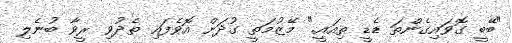
"ބޭބީ ގޮވައިގެންތަ ޑެޑީ ތިއައީ." މޭޒުމަތީ ގުދަށް އޮވެފައި ތެދުވި ރީވާ ބުނެލި